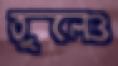
তুলেও